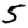
Digit: 5